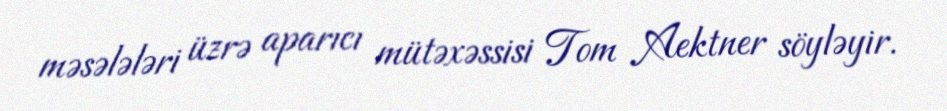
məsələləri üzrə aparıcı mütəxəssisi Tom Aektner söyləyir.